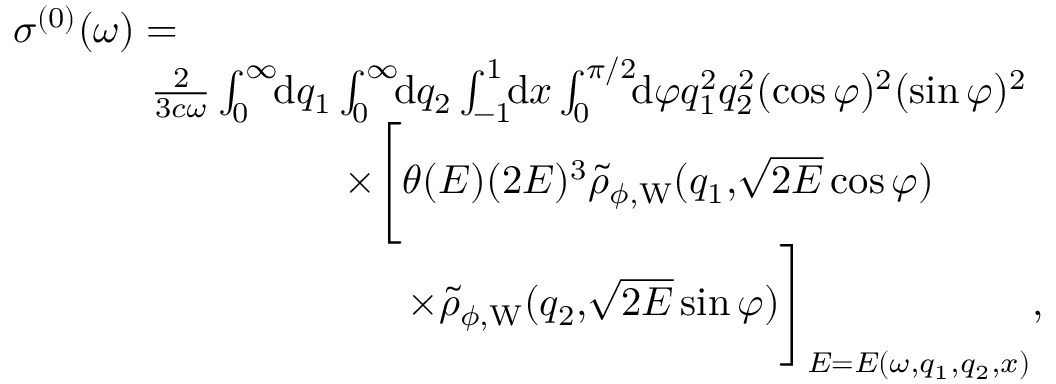
\begin{array} { r } { \sigma ^ { ( 0 ) } ( \omega ) = \phantom { x x x x x x x x x x x x x x x x x x x x x x x x x x x x x x x x x x x x x x x x x } } \\ { \frac { 2 } { 3 c \omega } \int _ { 0 } ^ { \infty } \! \! \ensuremath { \mathrm { d } } q _ { 1 } \int _ { 0 } ^ { \infty } \! \! \ensuremath { \mathrm { d } } q _ { 2 } \int _ { - 1 } ^ { 1 } \! \! \ensuremath { \mathrm { d } } x \int _ { 0 } ^ { \pi / 2 } \! \! \ensuremath { \mathrm { d } } \varphi q _ { 1 } ^ { 2 } q _ { 2 } ^ { 2 } ( \cos \varphi ) ^ { 2 } ( \sin \varphi ) ^ { 2 } \phantom { x x x x x } } \\ { \times \Biggl [ \theta ( E ) ( 2 E ) ^ { 3 } \tilde { \rho } _ { \phi , \mathrm { W } } ( q _ { 1 } , \! \sqrt { 2 E } \cos \varphi ) \phantom { x x x x x x x x x } } \\ { \times \tilde { \rho } _ { \phi , \mathrm { W } } ( q _ { 2 } , \! \sqrt { 2 E } \sin \varphi ) \Biggl ] _ { E = E ( \omega , q _ { 1 } , q _ { 2 } , x ) } , \phantom { x x x x } } \end{array}